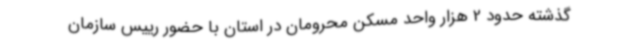
گذشته حدود 2 هزار واحد مسکن محرومان در استان با حضور رییس سازمان